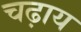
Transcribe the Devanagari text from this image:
चढ़ाय